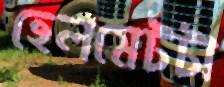
হেলমেটটা